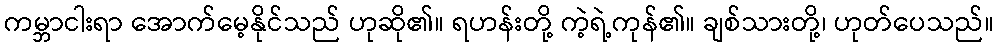
ကမ္ဘာငါးရာ အောက်မေ့နိုင်သည် ဟုဆို၏။ ရဟန်းတို့ ကဲ့ရဲ့ကုန်၏။ ချစ်သားတို့၊ ဟုတ်ပေသည်။